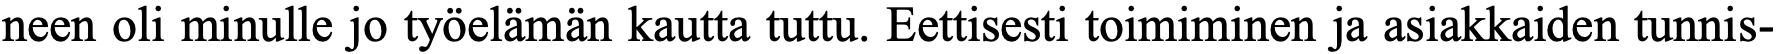
neen oli minulle jo työelämän kautta tuttu. Eettisesti toimiminen ja asiakkaiden tunnis-